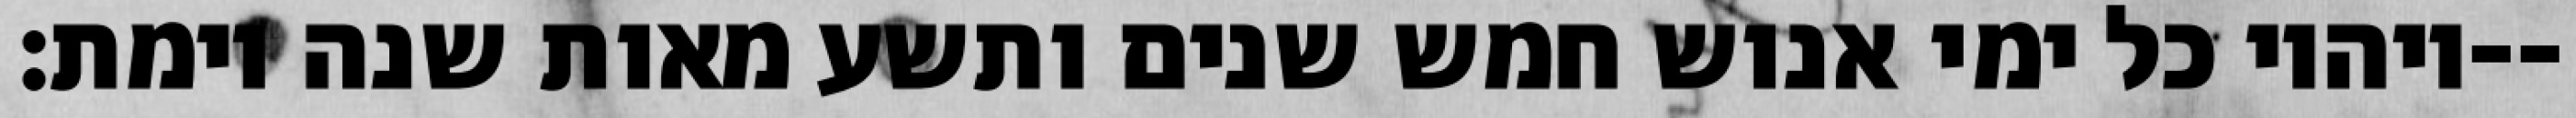
ויהיו כל ימי אנוש חמש שנים ותשע מאות שנה וימת׃--